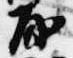
房